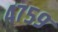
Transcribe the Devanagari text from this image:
४७५९